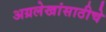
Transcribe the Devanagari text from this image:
अग्रलेखांसाठीचे